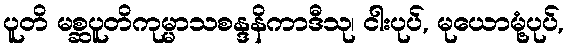
ပူတိ မစ္ဆပူတိကုမ္မာသစန္ဒနိကာဒီသု၊ ငါးပုပ်, မုယောမုံ့ပုပ်,